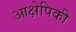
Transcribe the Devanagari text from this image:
आक्षेपिकी